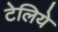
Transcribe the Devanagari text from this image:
टेलिये